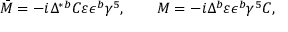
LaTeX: \bar { \cal M } = - i \Delta ^ { * b } C \varepsilon \epsilon ^ { b } \gamma ^ { 5 } , \qquad { \cal M } = - i \Delta ^ { b } \varepsilon \epsilon ^ { b } \gamma ^ { 5 } C , \qquad